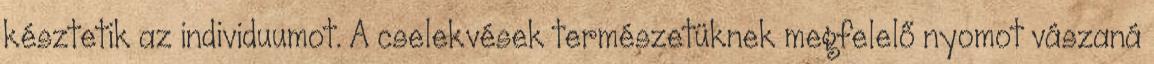
késztetik az individuumot. A cselekvések természetüknek megfelelő nyomot vászaná